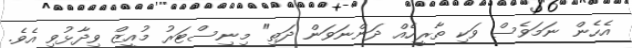
އެހެން ނަމަވެސް ވަކި ތާރީހެއް ދަންނަވަން ދަތި" މިނިސްޓަރު މުއީޒް ވިދާޅުވި އެވެ.